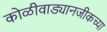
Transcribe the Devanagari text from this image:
कोळीवाड्यानजीकच्या